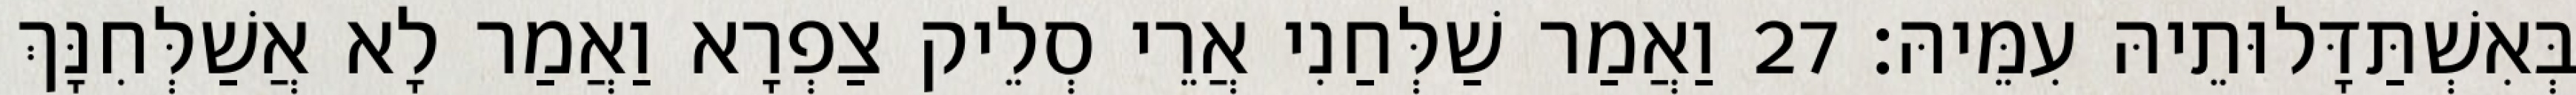
בְּאִשְׁתַּדָּלוּתֵיהּ עִמֵּיהּ׃ 27 וַאֲמַר שַׁלְּחַנִי אֲרֵי סְלֵיק צַפְרָא וַאֲמַר לָא אֲשַׁלְּחִנָּךְ